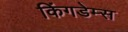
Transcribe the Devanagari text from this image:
किंगडेम्स